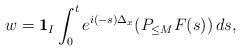
LaTeX: \begin{align*} w= \textbf{1}_{I} \int_0^t e^{i(-s)\Delta_{x}}(P_{\leq M} F(s)) \, ds,\end{align*}